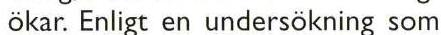
ökar. Enligt en undersökning som